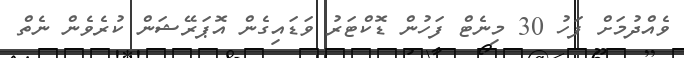
ވެއްދުމަށް ފަހު 30 މިނެޓް ފަހުން ޑޮކްޓަރު ވަޑައިގެން އޮޕަރޭޝަން ކުރެވެން ނެތް